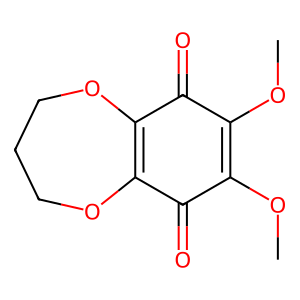
SMILES: COC1=C(OC)C(=O)C2=C(OCCCO2)C1=O
Inhibits HIV replication: No